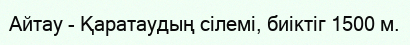
Айтау - Қаратаудың сілемі, биіктіг 1500 м.